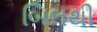
બિલથી